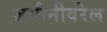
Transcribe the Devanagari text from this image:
जमीनीवरेल